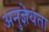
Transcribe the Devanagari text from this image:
अनुज्ञेयता